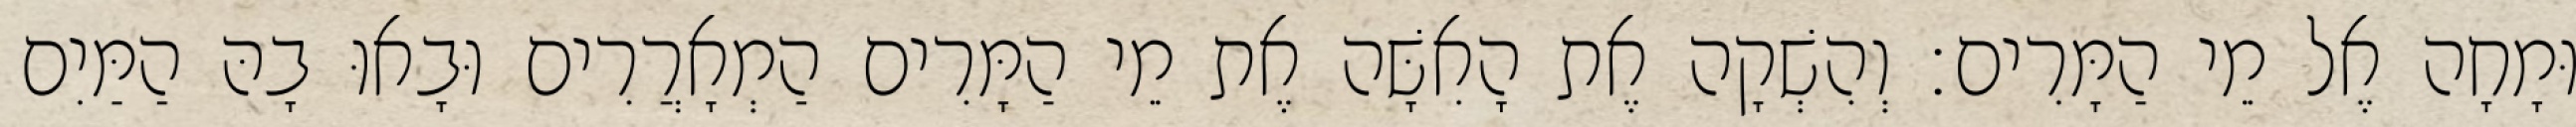
וּמָחָה אֶל מֵי הַמָּרִים׃ וְהִשְׁקָה אֶת הָאִשָּׁה אֶת מֵי הַמָּרִים הַמְאָרֲרִים וּבָאוּ בָהּ הַמַּיִם